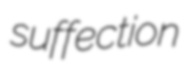
suffection